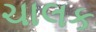
ચાલક